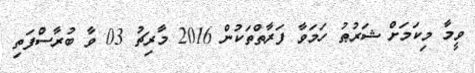
ވީމާ މިކަމަށް ޝަރުޠު ހަމަވާ ފަރާތްތަކުން 2016 މާރިޗު 03 ވާ ބުރާސްފަތި